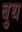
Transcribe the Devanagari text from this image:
बुथ